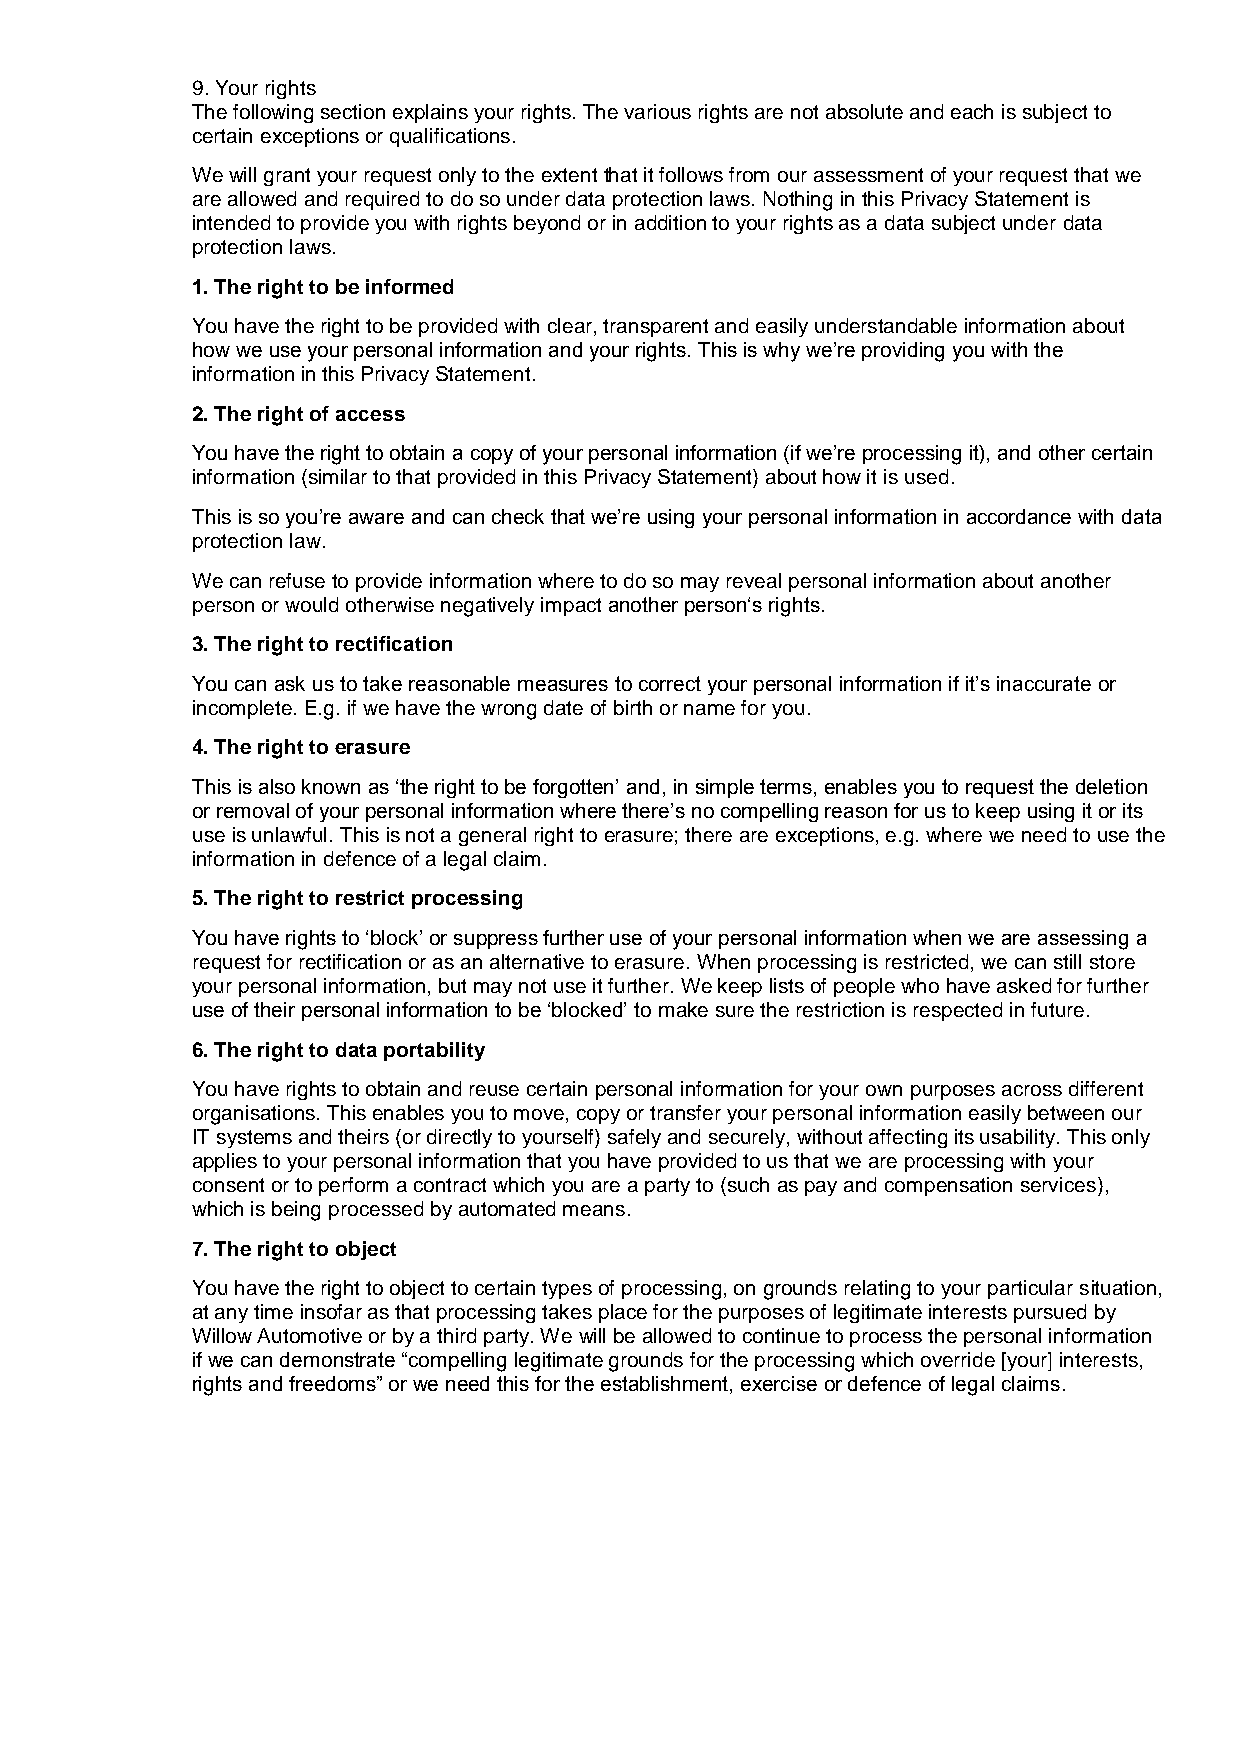
9. Your rights
 The following section explains your rights. The various rights are not absolute and each is subject to
 certain exceptions or qualifications.
 We will grant your request only to the extent that it follows from our assessment of your request that we
 are allowed and required to do so under data protection laws. Nothing in this Privacy Statement is
 intended to provide you with rights beyond or in addition to your rights as a data subject under data
 protection laws.
 1. The right to be informed
 You have the right to be provided with clear, transparent and easily understandable information about
 how we use your personal information and your rights. This is why we’re providing you with the
 information in this Privacy Statement.
 2. The right of access
 You have the right to obtain a copy of your personal information (if we’re processing it), and other certain
 information (similar to that provided in this Privacy Statement) about how it is used.
 This is so you’re aware and can check that we’re using your personal information in accordance with data
 protection law.
 We can refuse to provide information where to do so may reveal personal information about another
 person or would otherwise negatively impact another person‘s rights.
 3. The right to rectification
 You can ask us to take reasonable measures to correct your personal information if it’s inaccurate or
 incomplete. E.g. if we have the wrong date of birth or name for you.
 4. The right to erasure
 This is also known as ‘the right to be forgotten’ and, in simple terms, enables you to request the deletion
 or removal of your personal information where there’s no compelling reason for us to keep using it or its
 use is unlawful. This is not a general right to erasure; there are exceptions, e.g. where we need to use the
 information in defence of a legal claim.
 5. The right to restrict processing
 You have rights to ‘block’ or suppress further use of your personal information when we are assessing a
 request for rectification or as an alternative to erasure. When processing is restricted, we can still store
 your personal information, but may not use it further. We keep lists of people who have asked for further
 use of their personal information to be ‘blocked’ to make sure the restriction is respected in future.
 6. The right to data portability
 You have rights to obtain and reuse certain personal information for your own purposes across different
 organisations. This enables you to move, copy or transfer your personal information easily between our
 IT systems and theirs (or directly to yourself) safely and securely, without affecting its usability. This only
 applies to your personal information that you have provided to us that we are processing with your
 consent or to perform a contract which you are a party to (such as pay and compensation services),
 which is being processed by automated means.
 7. The right to object
 You have the right to object to certain types of processing, on grounds relating to your particular situation,
 at any time insofar as that processing takes place for the purposes of legitimate interests pursued by
 Willow Automotive or by a third party. We will be allowed to continue to process the personal information
 if we can demonstrate “compelling legitimate grounds for the processing which override [your] interests,
 rights and freedoms” or we need this for the establishment, exercise or defence of legal claims.